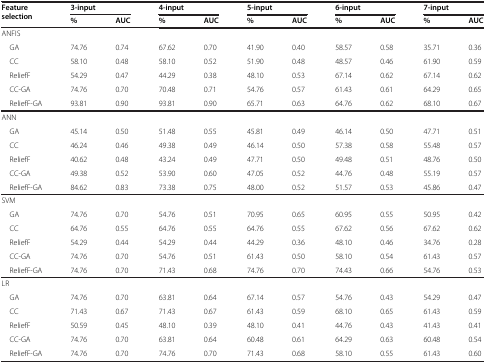
<table><thead><tr><td rowspan="2"><b>Feature selection</b></td><td colspan="2"><b>3-input</b></td><td colspan="2"><b>4-input</b></td><td colspan="2"><b>5-input</b></td><td colspan="2"><b>6-input</b></td><td colspan="2"><b>7-input</b></td></tr><tr><td><b>%</b></td><td><b>AUC</b></td><td><b>%</b></td><td><b>AUC</b></td><td><b>%</b></td><td><b>AUC</b></td><td><b>%</b></td><td><b>AUC</b></td><td><b>%</b></td><td><b>AUC</b></td></tr></thead><tbody><tr><td>ANFIS</td><td> </td><td> </td><td> </td><td> </td><td> </td><td> </td><td> </td><td> </td><td> </td><td> </td></tr><tr><td> GA</td><td>74.76</td><td>0.74</td><td>67.62</td><td>0.70</td><td>41.90</td><td>0.40</td><td>58.57</td><td>0.58</td><td>35.71</td><td>0.36</td></tr><tr><td> CC</td><td>58.10</td><td>0.48</td><td>58.10</td><td>0.52</td><td>51.90</td><td>0.48</td><td>48.57</td><td>0.46</td><td>61.90</td><td>0.59</td></tr><tr><td> ReliefF</td><td>54.29</td><td>0.47</td><td>44.29</td><td>0.38</td><td>48.10</td><td>0.53</td><td>67.14</td><td>0.62</td><td>67.14</td><td>0.62</td></tr><tr><td> CC-GA</td><td>74.76</td><td>0.70</td><td>70.48</td><td>0.71</td><td>54.76</td><td>0.57</td><td>61.43</td><td>0.61</td><td>64.29</td><td>0.65</td></tr><tr><td> ReliefF-GA</td><td>93.81</td><td>0.90</td><td>93.81</td><td>0.90</td><td>65.71</td><td>0.63</td><td>64.76</td><td>0.62</td><td>68.10</td><td>0.67</td></tr><tr><td>ANN</td><td> </td><td> </td><td> </td><td> </td><td> </td><td> </td><td> </td><td> </td><td> </td><td> </td></tr><tr><td> GA</td><td>45.14</td><td>0.50</td><td>51.48</td><td>0.55</td><td>45.81</td><td>0.49</td><td>46.14</td><td>0.50</td><td>47.71</td><td>0.51</td></tr><tr><td> CC</td><td>46.24</td><td>0.46</td><td>49.38</td><td>0.49</td><td>46.14</td><td>0.50</td><td>57.38</td><td>0.58</td><td>55.48</td><td>0.57</td></tr><tr><td> ReliefF</td><td>40.62</td><td>0.48</td><td>43.24</td><td>0.49</td><td>47.71</td><td>0.50</td><td>49.48</td><td>0.51</td><td>48.76</td><td>0.50</td></tr><tr><td> CC-GA</td><td>49.38</td><td>0.52</td><td>53.90</td><td>0.60</td><td>47.05</td><td>0.52</td><td>44.76</td><td>0.48</td><td>55.19</td><td>0.57</td></tr><tr><td> ReliefF-GA</td><td>84.62</td><td>0.83</td><td>73.38</td><td>0.75</td><td>48.00</td><td>0.52</td><td>51.57</td><td>0.53</td><td>45.86</td><td>0.47</td></tr><tr><td>SVM</td><td> </td><td> </td><td> </td><td> </td><td> </td><td> </td><td> </td><td> </td><td> </td><td> </td></tr><tr><td> GA</td><td>74.76</td><td>0.70</td><td>54.76</td><td>0.51</td><td>70.95</td><td>0.65</td><td>60.95</td><td>0.55</td><td>50.95</td><td>0.42</td></tr><tr><td> CC</td><td>64.76</td><td>0.55</td><td>64.76</td><td>0.55</td><td>64.76</td><td>0.55</td><td>67.62</td><td>0.56</td><td>67.62</td><td>0.62</td></tr><tr><td> ReliefF</td><td>54.29</td><td>0.44</td><td>54.29</td><td>0.44</td><td>44.29</td><td>0.36</td><td>48.10</td><td>0.46</td><td>34.76</td><td>0.28</td></tr><tr><td> CC-GA</td><td>74.76</td><td>0.70</td><td>54.76</td><td>0.51</td><td>61.43</td><td>0.50</td><td>58.10</td><td>0.54</td><td>61.43</td><td>0.57</td></tr><tr><td> ReliefF-GA</td><td>74.76</td><td>0.70</td><td>71.43</td><td>0.68</td><td>74.76</td><td>0.70</td><td>74.43</td><td>0.66</td><td>54.76</td><td>0.53</td></tr><tr><td>LR</td><td> </td><td> </td><td> </td><td> </td><td> </td><td> </td><td> </td><td> </td><td> </td><td> </td></tr><tr><td> GA</td><td>74.76</td><td>0.70</td><td>63.81</td><td>0.64</td><td>67.14</td><td>0.57</td><td>54.76</td><td>0.43</td><td>54.29</td><td>0.47</td></tr><tr><td> CC</td><td>71.43</td><td>0.67</td><td>71.43</td><td>0.67</td><td>61.43</td><td>0.59</td><td>68.10</td><td>0.65</td><td>61.43</td><td>0.59</td></tr><tr><td> ReliefF</td><td>50.59</td><td>0.45</td><td>48.10</td><td>0.39</td><td>48.10</td><td>0.41</td><td>44.76</td><td>0.43</td><td>41.43</td><td>0.41</td></tr><tr><td> CC-GA</td><td>74.76</td><td>0.70</td><td>63.81</td><td>0.64</td><td>60.48</td><td>0.61</td><td>64.29</td><td>0.63</td><td>60.48</td><td>0.54</td></tr><tr><td> ReliefF-GA</td><td>74.76</td><td>0.70</td><td>74.76</td><td>0.70</td><td>71.43</td><td>0.68</td><td>58.10</td><td>0.55</td><td>61.43</td><td>0.60</td></tr></tbody></table>